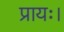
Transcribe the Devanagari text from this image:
प्रायः।